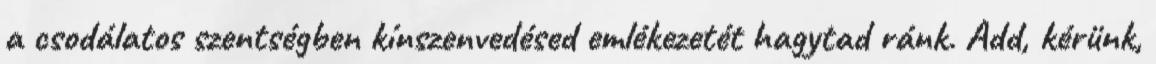
a csodálatos szentségben kínszenvedésed emlékezetét hagytad ránk. Add, kérünk,